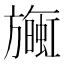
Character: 𪰄